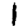
Digit: 1